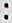
: